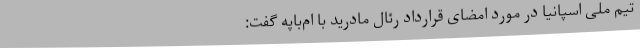
تیم ملی اسپانیا در مورد امضای قرارداد رئال مادرید با ام‌باپه گفت: